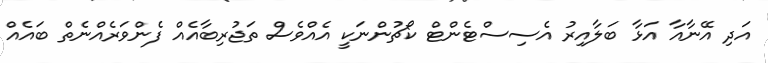
އަދި އޭނާއާ އަޅާ ބަލާއިރު އެސިސްޓެންޓް ކޯޗުންނަކީ އެއްވެސް ތަޖުރިބާއެއް ފެންވަރެއްނެތް ބައެއް